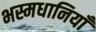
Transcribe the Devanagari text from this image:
भस्मधानियाँ